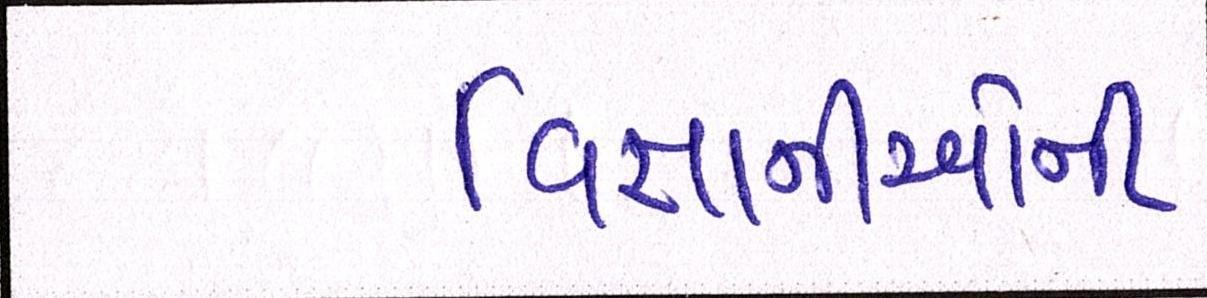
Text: વિજ્ઞાનીઓની